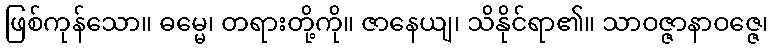
ဖြစ်ကုန်သော။ ဓမ္မေ၊ တရားတို့ကို။ ဇာနေယျ၊ သိနိုင်ရာ၏။ သာဝဇ္ဇာနာဝဇ္ဇေ၊